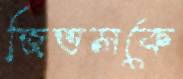
জিভসকে